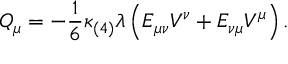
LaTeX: { \cal Q } _ { \mu } = - \frac { 1 } { 6 } \kappa _ { ( 4 ) } \lambda \left( E _ { \mu \nu } V ^ { \nu } + E _ { \nu \mu } V ^ { \mu } \right) .